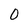
Character: 0